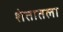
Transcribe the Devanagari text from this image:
शेतातला